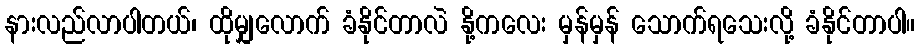
နားလည်လာပါတယ်၊ ထိုမျှလောက် ခံနိုင်တာလဲ နို့ကလေး မှန်မှန် သောက်ရသေးလို့ ခံနိုင်တာပါ။